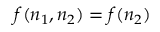
f ( n _ { 1 } , n _ { 2 } ) = f ( n _ { 2 } )